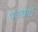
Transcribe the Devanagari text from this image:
पंचखाद्ये